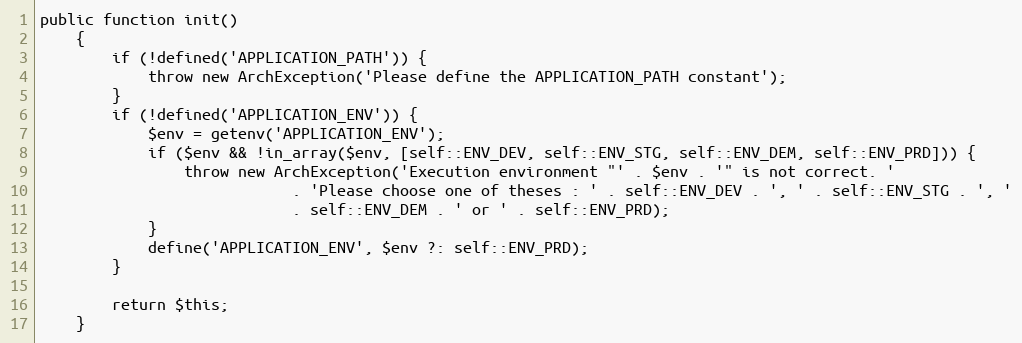
Language: PHP
public function init()
    {
        if (!defined('APPLICATION_PATH')) {
            throw new ArchException('Please define the APPLICATION_PATH constant');
        }
        if (!defined('APPLICATION_ENV')) {
            $env = getenv('APPLICATION_ENV');
            if ($env && !in_array($env, [self::ENV_DEV, self::ENV_STG, self::ENV_DEM, self::ENV_PRD])) {
                throw new ArchException('Execution environment "' . $env . '" is not correct. '
                            . 'Please choose one of theses : ' . self::ENV_DEV . ', ' . self::ENV_STG . ', '
                            . self::ENV_DEM . ' or ' . self::ENV_PRD);
            }
            define('APPLICATION_ENV', $env ?: self::ENV_PRD);
        }

        return $this;
    }